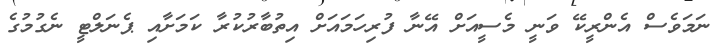
ނަމަވެސް އެންރީކޭ ވަނީ މެސީއަށް އޭނާ ފުރިހަމައަށް އިތުބާރުކުރާ ކަމަށާއި ޕެނަލްޓީ ނެގުމުގެ